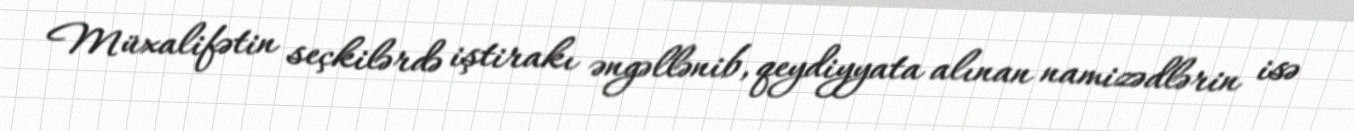
Müxalifətin seçkilərdə iştirakı əngəllənib, qeydiyyata alınan namizədlərin isə